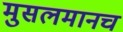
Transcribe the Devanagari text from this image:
मुसलमानच